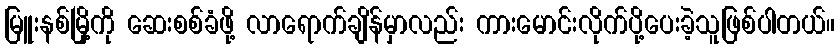
မြူးနစ်မြို့ကို ဆေးစစ်ခံဖို့ လာရောက်ချိန်မှာလည်း ကားမောင်းလိုက်ပို့ပေးခဲ့သူဖြစ်ပါတယ်။